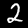
Label: 2